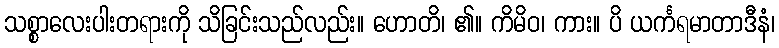
သစ္စာလေးပါးတရားကို သိခြင်းသည်လည်း။ ဟောတိ၊ ၏။ ကိမိဝ၊ ကား။ ပိ ယင်္ကရမာတာဒီနံ၊